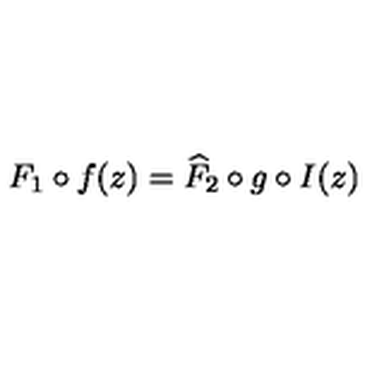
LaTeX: F _ { 1 } \circ f ( z ) = \widehat { F } _ { 2 } \circ g \circ I ( z )